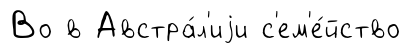
Во в Австра́л'иjи с'ем'е́йство